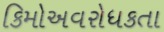
કિમોઅવરોધકતા